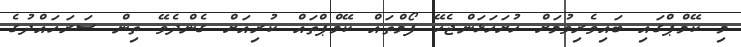
މި ކޭމްޕްގައި ބައިވެރިވުމަށް ހުށަހަޅަންޖެހޭ ފޯމްތައް ކޭމްޕްތައް ކުރިއަށް ގެންދެވޭ ތިން ސަރަހައްދުގެ